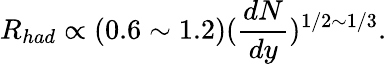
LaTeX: R_{had}\propto(0.6\sim 1.2)(\frac{dN}{dy})^{1/2\sim 1/3}.